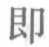
即